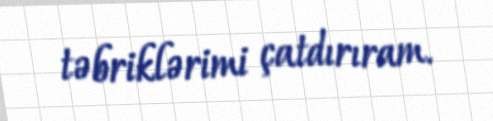
təbriklərimi çatdırıram.